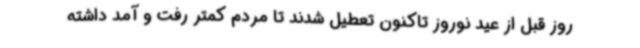
روز قبل از عید نوروز تاکنون تعطیل شدند تا مردم کمتر رفت و آمد داشته